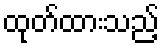
ထုတ်ထားသည့်